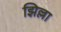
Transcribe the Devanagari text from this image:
झिल्ला